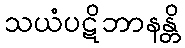
သယံပဋိဘာနန္တိ